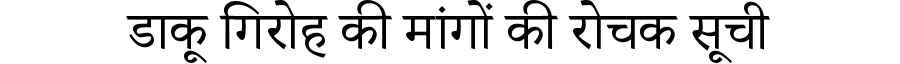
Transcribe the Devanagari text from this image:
डाकू गिरोह की मांगों की रोचक सूची